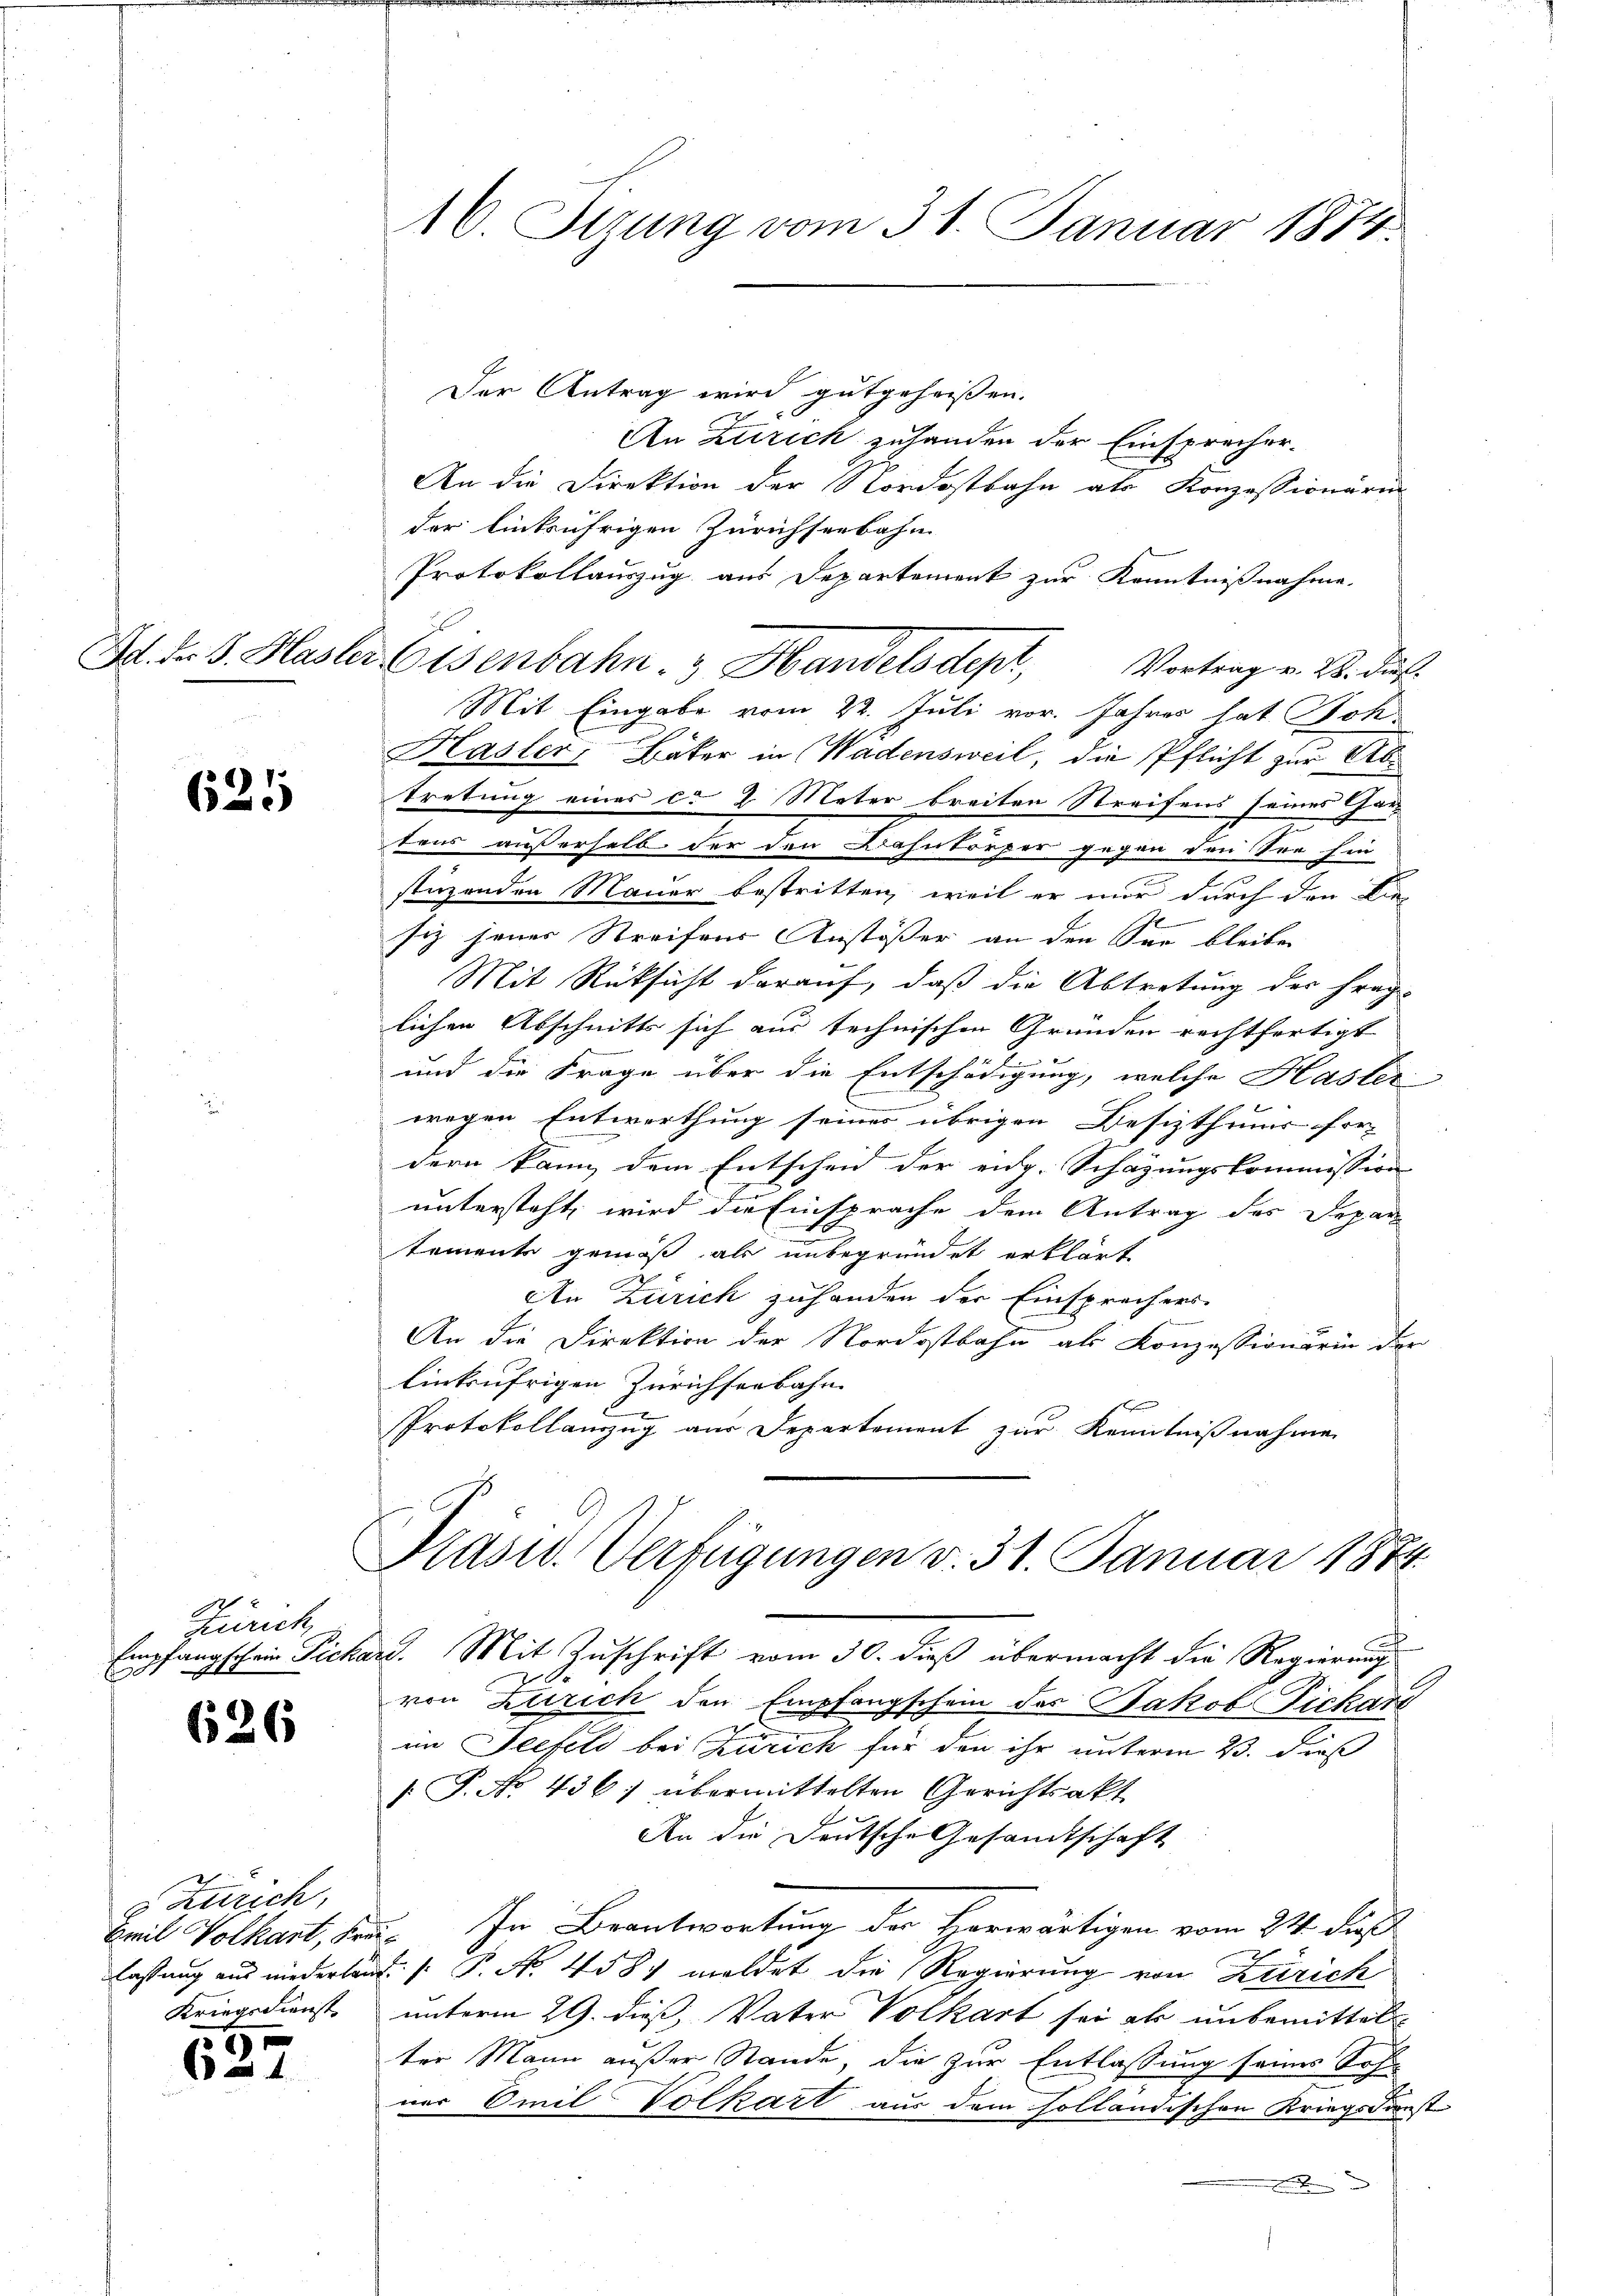
621

97
Zürich,
x

626

Zürich,
Kriegsdienst

5
61

Der Antrag wird gutgeheissen.
An Zürich zuhanden der Einsprecher-
An die Direktion der Nordostbahn als Konzessionären
der Einbrührigen Zürichseebahn
Protokollauszug aus Departement zur Kenntnißnahme.
Bd. F. v. Hasler Eisenbahn. Handelsdepr
Vortrag v. 28. dir.
Mit Eingabe vom 22. Juli vor. Jahres hat Boh-
Hasler, Bäker in Wädensweil, die Pflicht zur Abtretung eines ca 2 Meter breiten Streifens seines Gartens außerhalb der den Dahnkörper gegen den Sr. Ein
stürzenden Mauer bestritten, weil er nur durch den Lie-
1
siz jenes Streifens Anstösser an den See bleiben
Mit Rücksicht darauf, daß die Abtretung der Frage
lichen Abschnitts sich aus technischen Gründen rechtfertigt
und die Frage über die Entschädigung, welche Hasler
wegen Entwerthung seines übrigen Besizthums for-
dern kann dem Entscheid der eidg. Schazungskommission
untersteht, wird die Einsprache dem Antrag des Depar-
temente gemäß als unbegründet erklärt.
An Zürich zuhanden der Einsprechers
An die Direktion der Nordostbahn als Conzessionärin der
einkufrigen Zürichserbahn
x
Protokollanzug aus Departement zur Kenntnißnahme
Präsid. Verfügungen v. 31. Januar 1874.
e
Empfangschein Pickars. Mit Zuschrift vom 30. dieß übermacht die Regierung
von Zürich den Empfangschein des Jakob Fickart

im Seefeld bei Zürich für den ihr unterm 23. dieß
[ P. No 436: übermittelten Gerichtsakt
An die Deutsche Gesandtschaft
Beil Volkart, sein. In Beantwortung der Horwärtigen vom 24. dieß
lassung aus niederlang (: P. No. 458. meldet die Regierung von Zürich
unterm 29. dieß, Vater Volkart sei als unbemittel
ter Mann außer Stande, die zur Entlassung seines Sohn
ner Emil Volkart aus dem Holländischen Kriegskonst

16. Sizung vom 31. Januar 1874.